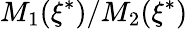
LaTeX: M_{1}(\xi^{*})/M_{2}(\xi^{*})